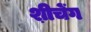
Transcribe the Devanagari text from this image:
श़ीचेंग